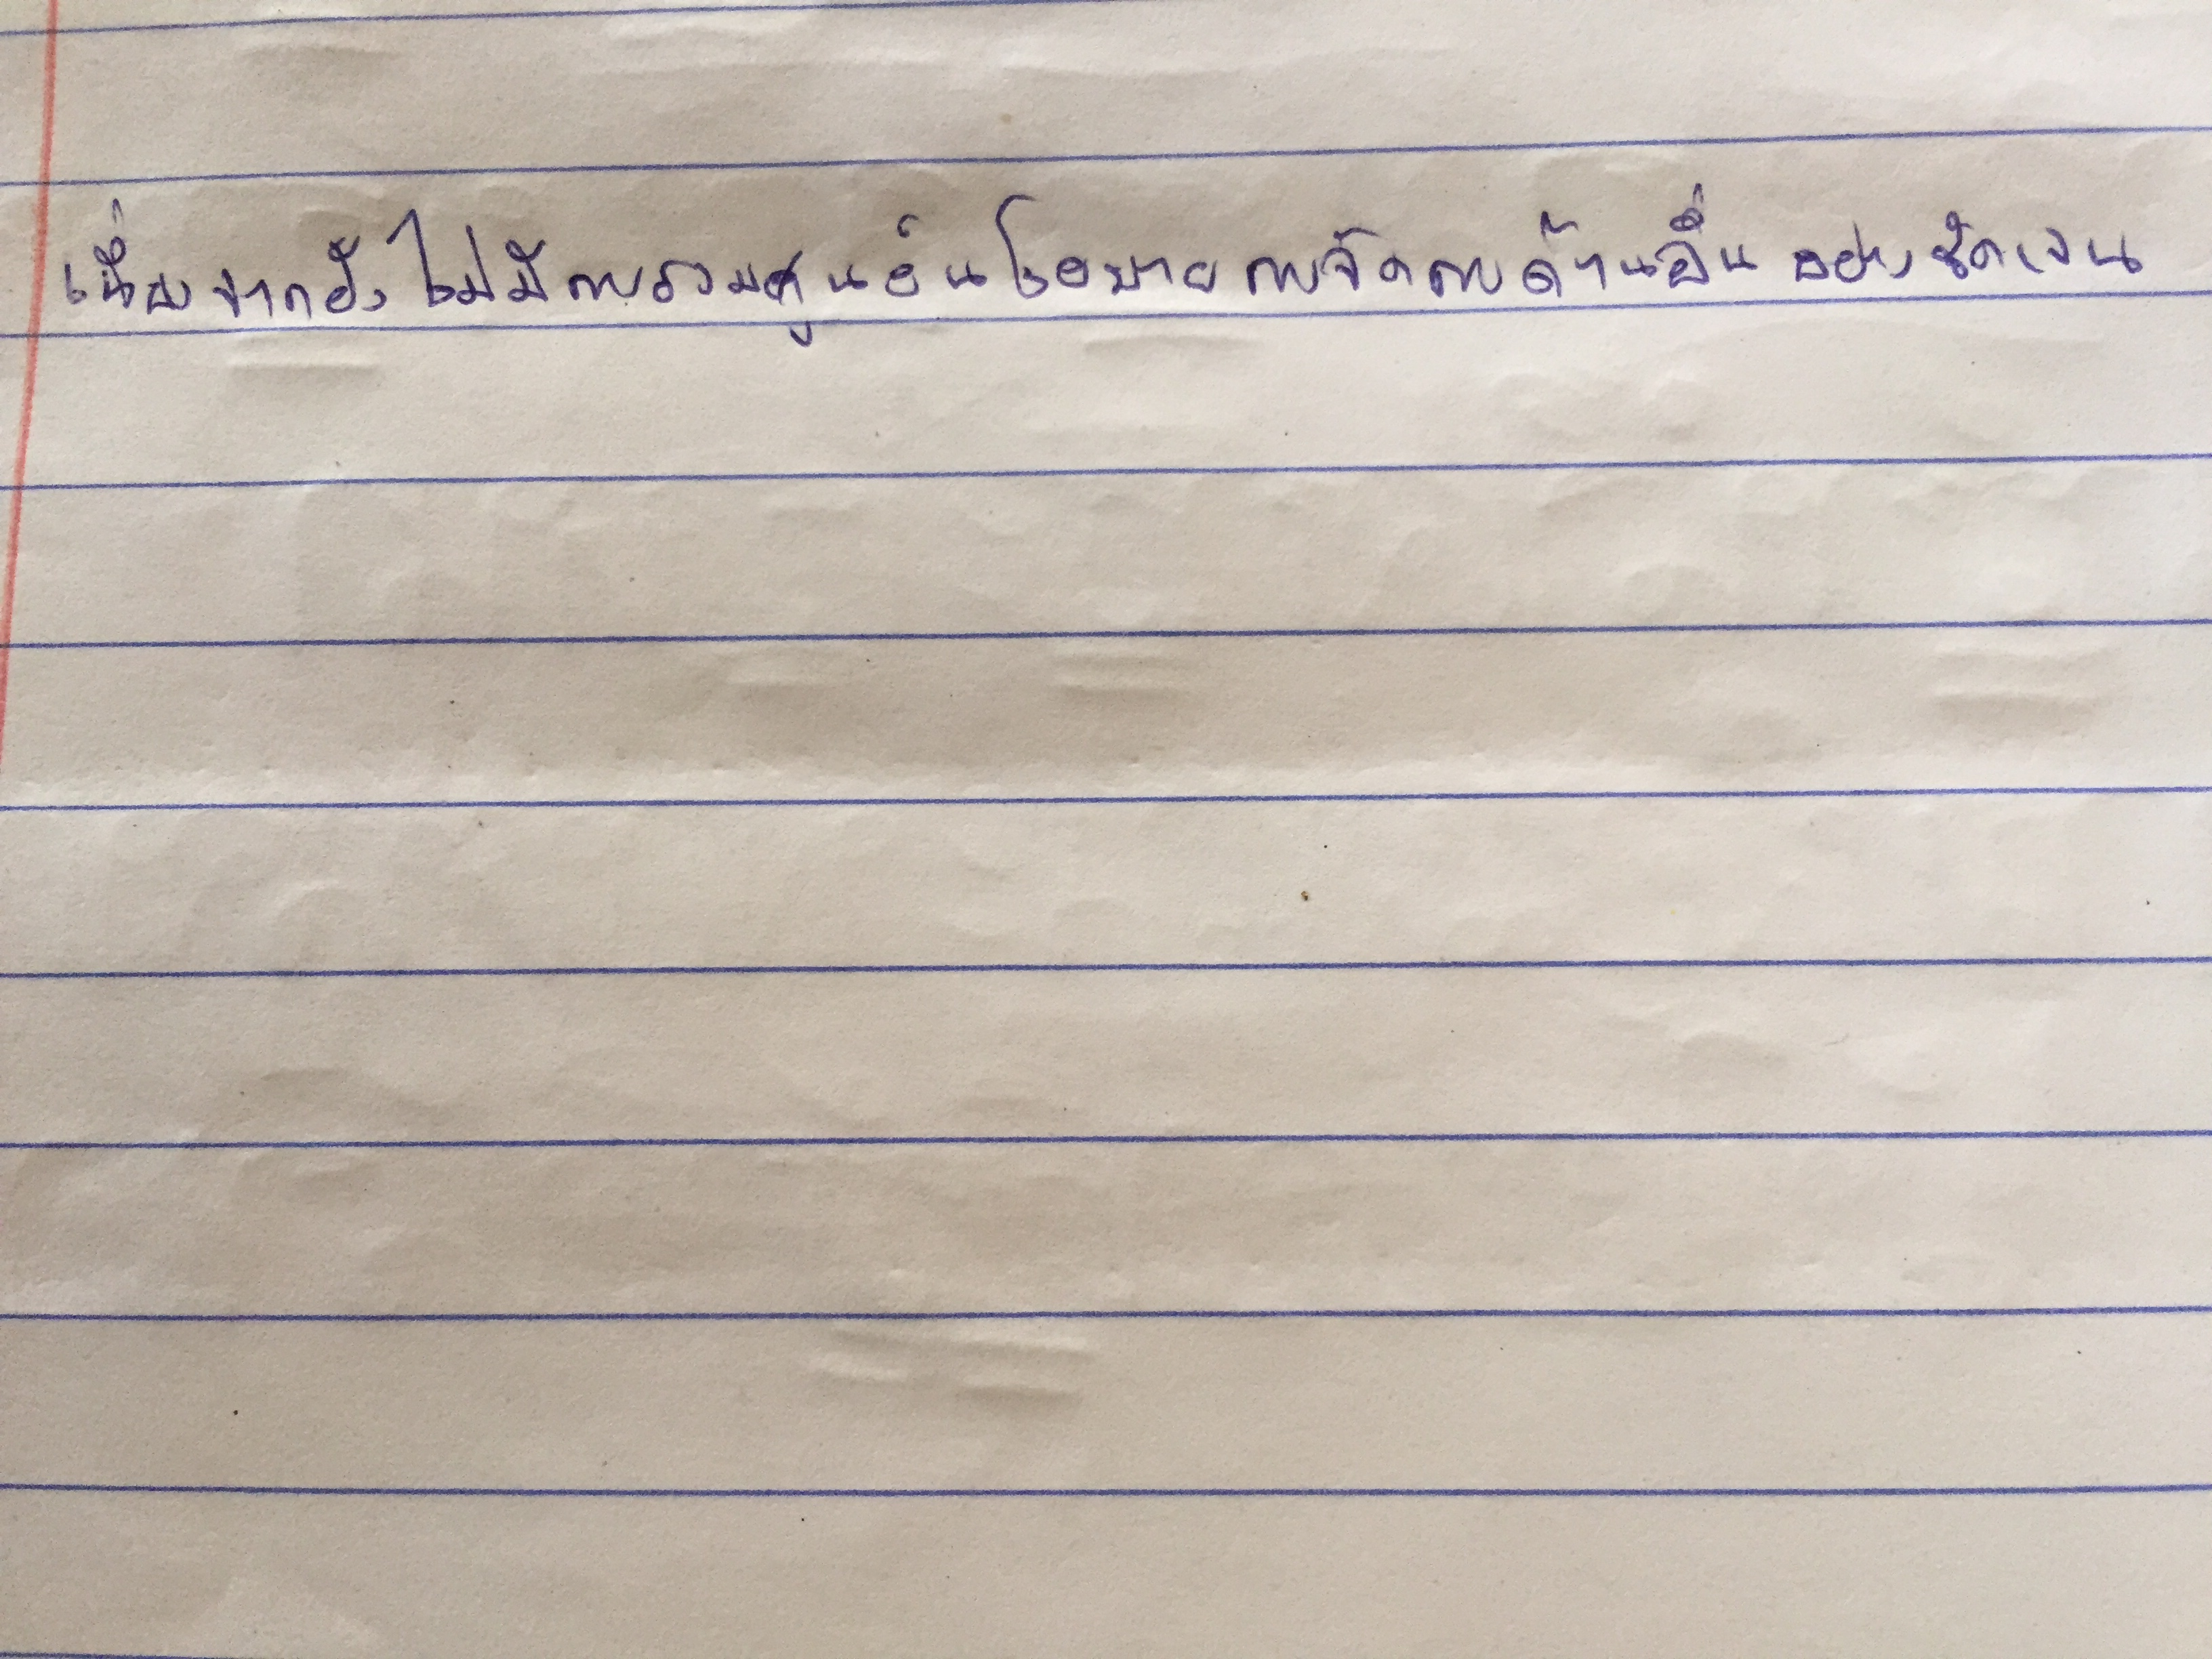
เนื่องจากยังไม่มีการรวมศูนย์นโยบายการจัดการด้านอื่นอย่างชัดเจน